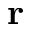
\mathbf { r }